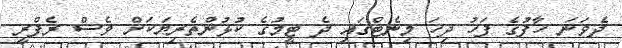
ދެވަނަ ހާފުގެ ފަހު ދިހަ މިނެޓްގައި ދެ ޓީމުގެ ކުޅުންތެރިޔަކަށް ވެސް ރެފްރީ